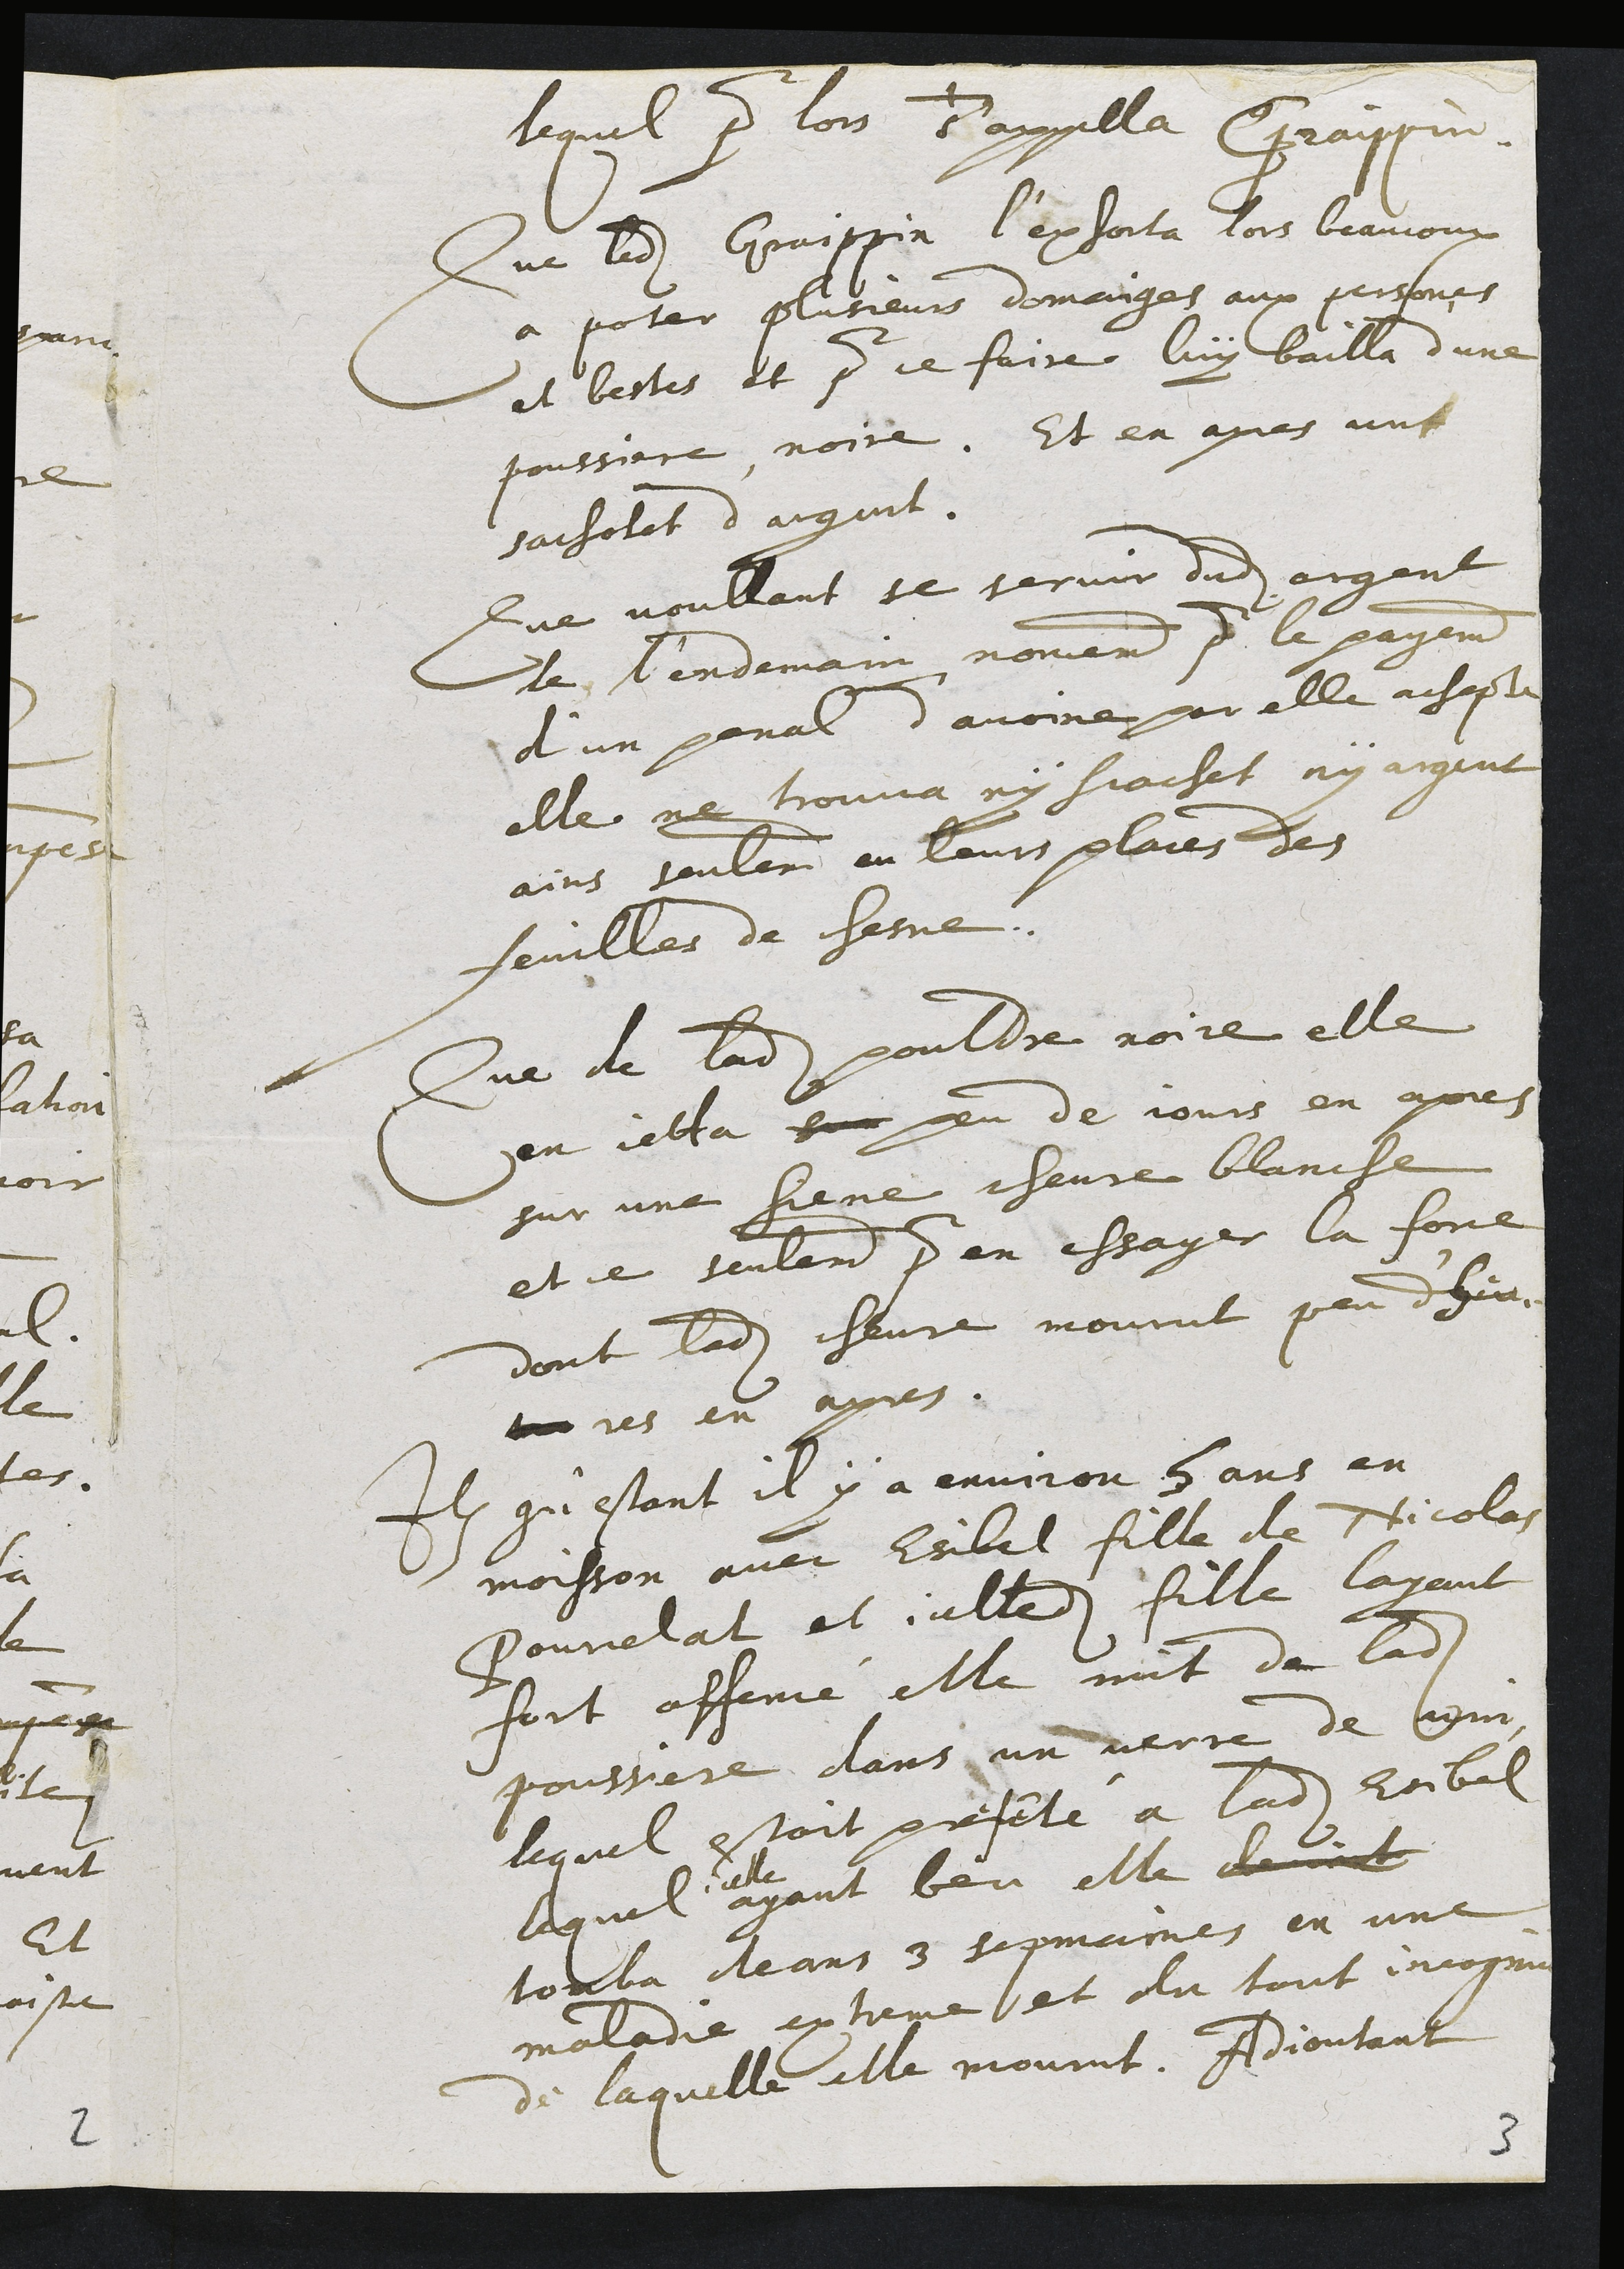
lequel pour lors d'appella Cfraippin
Que ledit Graippin l'exhorta dors beaucoux
a poter plusieurs domanges aux persones
et bestes et pour ce faire luy bailla d’une
poussiere noire. Et en apres une
sacholet d'argent
Que voullant se servir dudit argent
le lendemain nomement pour le payement
d'un penal d'avoiné par elle achepte
elle ne trouva ny scachet ny argent
ains seulement en leurs plaies des
feuilles de chesne.
Que de ladite poultre noire elle
en cetta sur peu de jours en apres
sur une liene chevre blancle
et ce seulement pour en essager la force
dont ladite chevre mourut peu dheu-
a res en apres.
Item qu'estant il y a environ 8 ans en
moisson avec Esibel fille de Nicolas
Pourcelat et icelledit fille layant
fort offeme elle mit de ladite
poussiere dans un verre de lesme
lequel estoit preseté a ladite Esibel
laquel
elle
ayant beu elle devoit
tomba deans 3 sepmaines en une
maladie extreme et du tout incognu
de laquelle elle mourut. Adjoutant